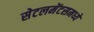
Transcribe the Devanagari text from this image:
सेटलमेंटसमध्ये